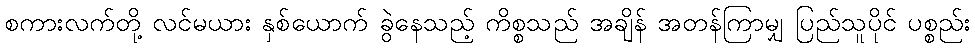
စကားလက်တို့ လင်မယား နှစ်ယောက် ခွဲနေသည့် ကိစ္စသည် အချိန် အတန်ကြာမျှ ပြည်သူပိုင် ပစ္စည်း